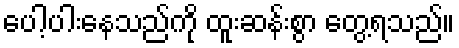
ပေါ့ပါးနေသည်ကို ထူးဆန်းစွာ တွေ့ရသည်။